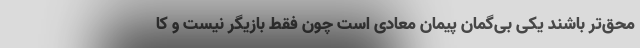
محق‌تر باشند یکی بی‌گمان پیمان معادی است چون فقط بازیگر نیست و کا